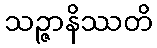
သဉ္ဇာနိဿတိ